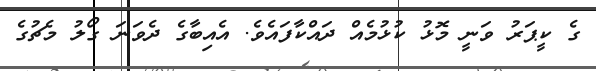
ގެ ކީޕަރު ވަނީ މޮޅު ކުޅުމެއް ދައްކާފައެވެ. އެއިބާގެ ދެވަނަ ގޯލު މެޗުގެ